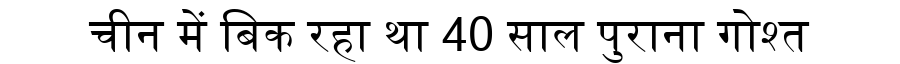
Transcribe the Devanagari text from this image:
चीन में बिक रहा था 40 साल पुराना गोश्त